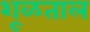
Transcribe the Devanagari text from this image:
शूळताल